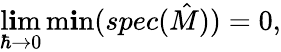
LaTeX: \operatorname*{l\mathbf{i}m}_{\hbar\to0}\operatorname*{m\mathbf{i}n}(spec({\hat{{M}}}))=0,